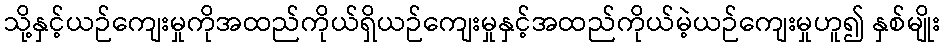
သို့နှင့်ယဉ်ကျေးမှုကိုအထည်ကိုယ်ရှိယဉ်ကျေးမှုနှင့်အထည်ကိုယ်မဲ့ယဉ်ကျေးမှုဟူ၍ နှစ်မျိုး